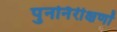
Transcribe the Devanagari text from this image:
पुनर्निरीक्षणों